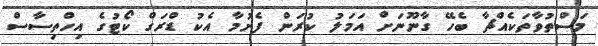
މަސްތުވާތަކެއްޗާ ބެހޭ ގާނޫނަށް އަމަލު ކުރަން ފެށުމާ އެކު ޑްރަގް ކޯޓުގެ އިހްތިސާސް